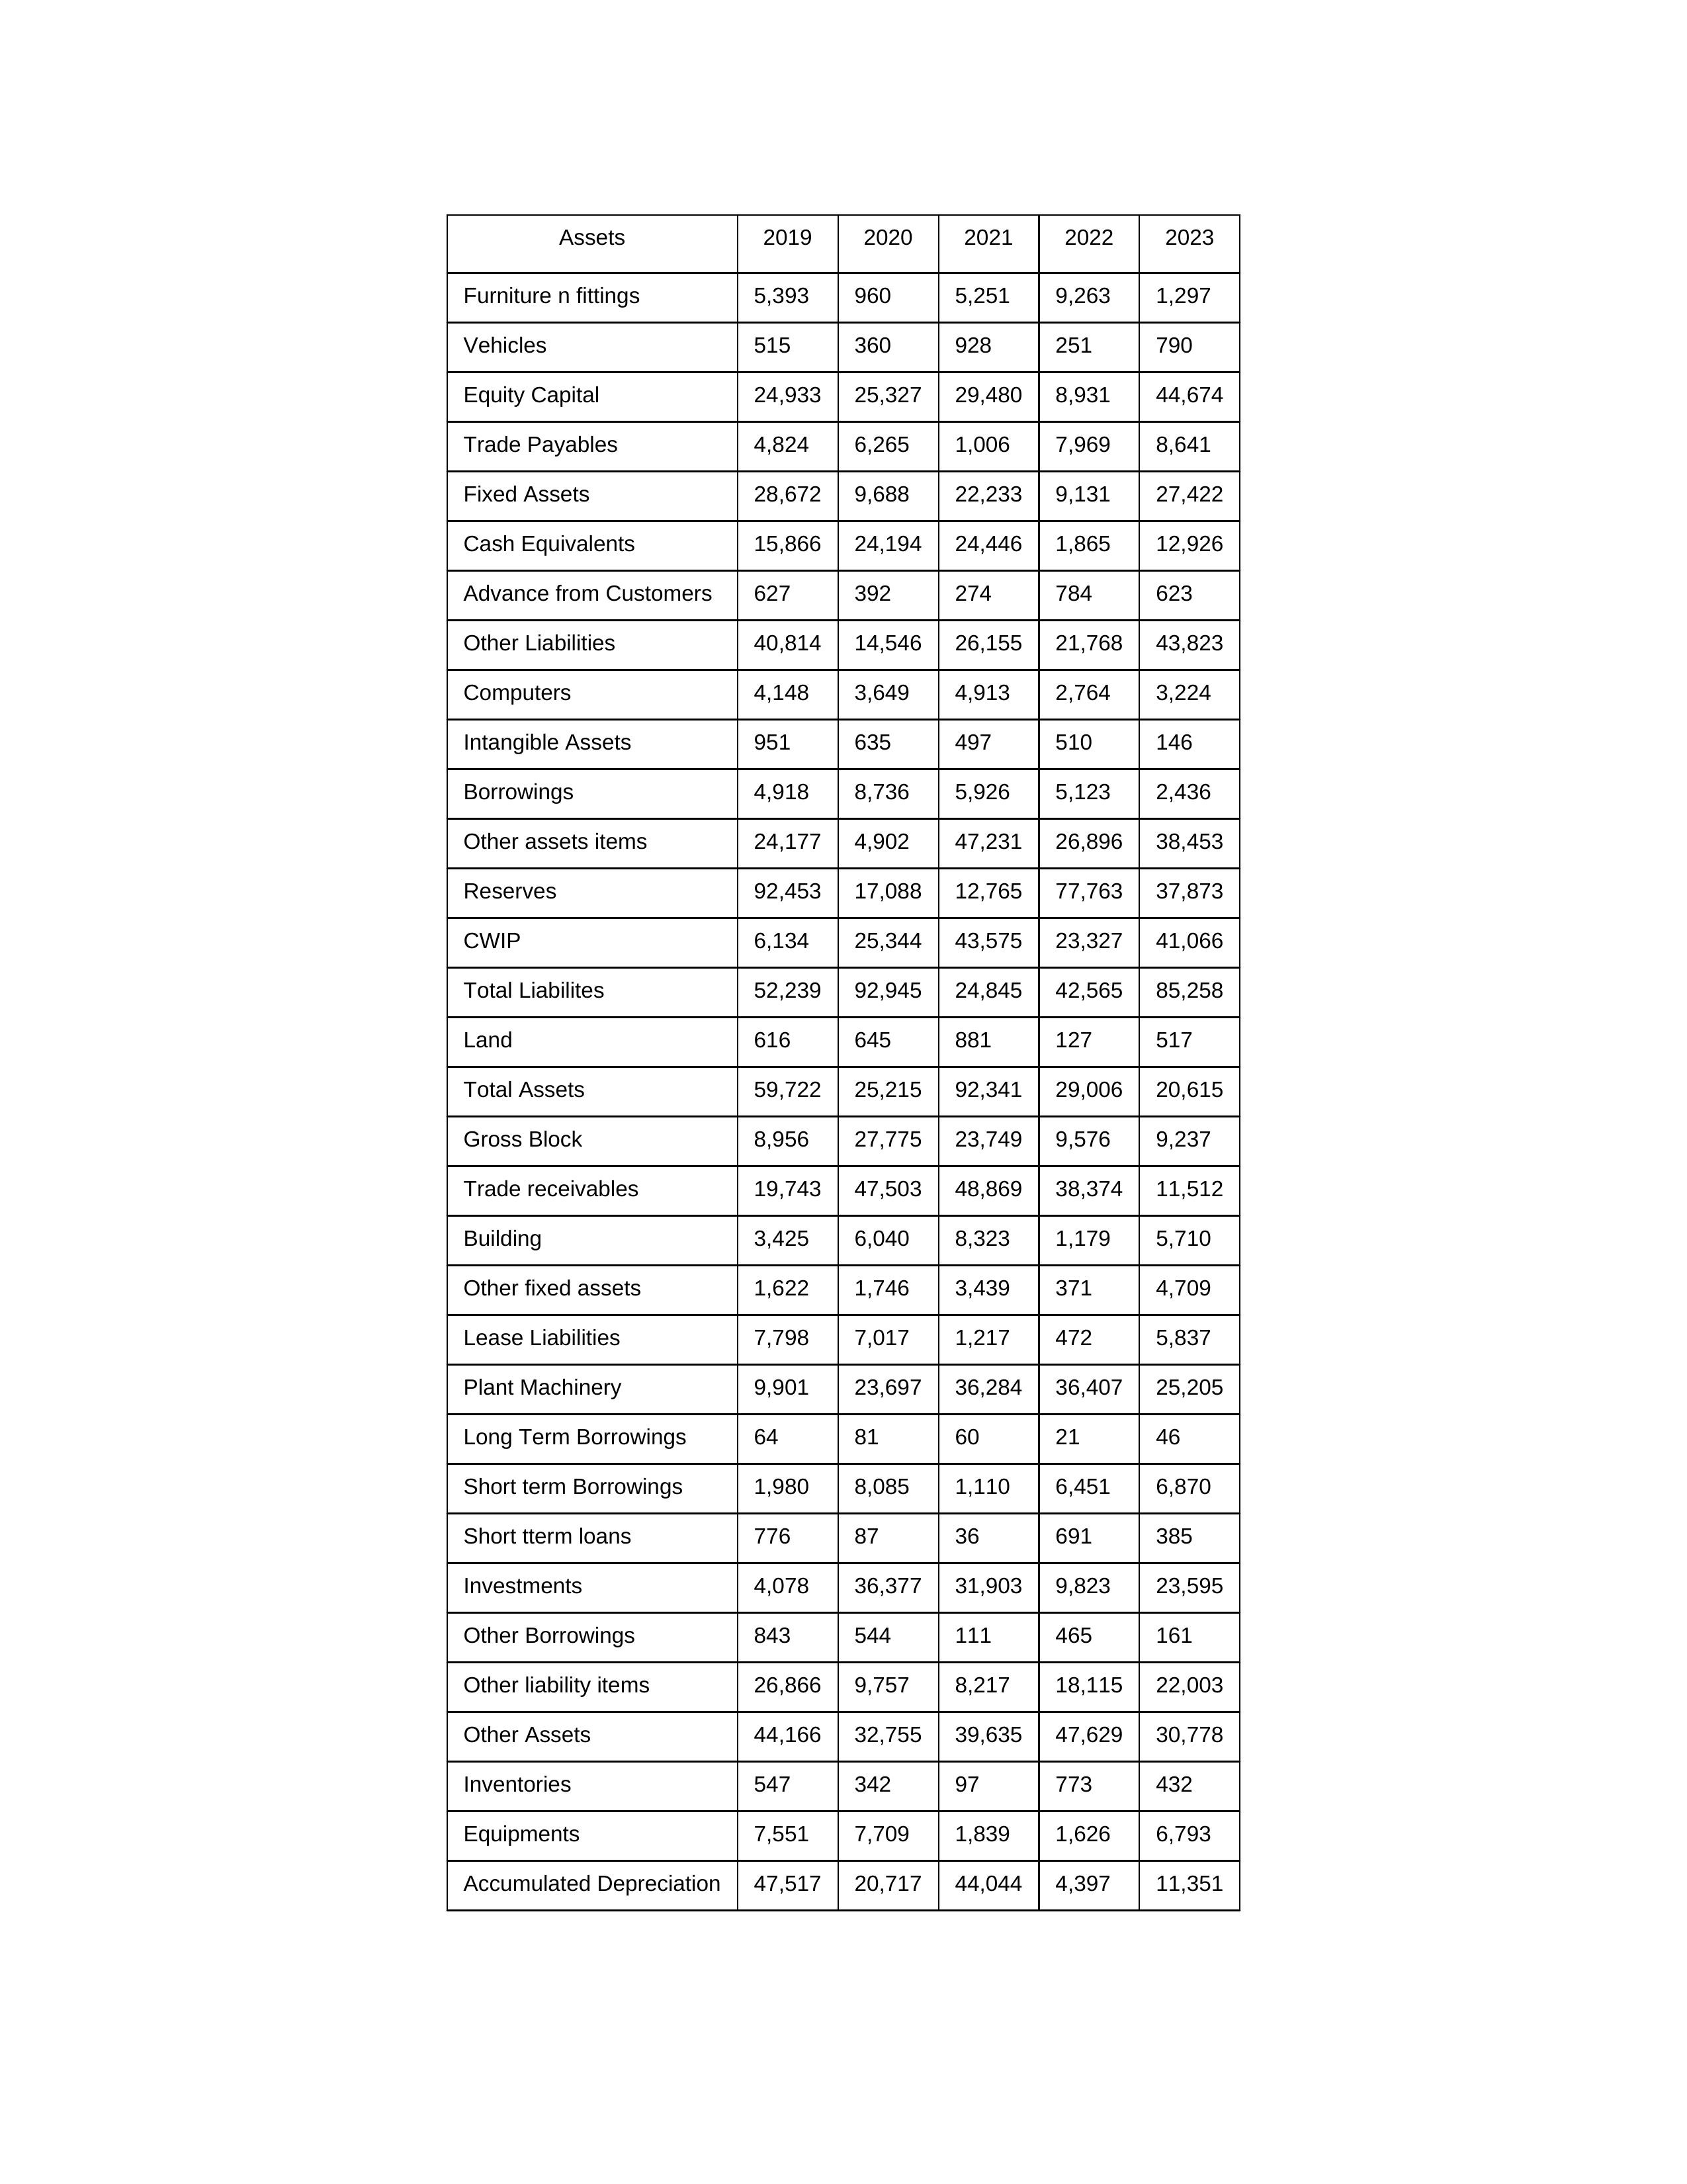
gt_parse: 2019: Equity Capital: 24,933
Reserves: 92,453
Borrowings: 4,918
Long Term Borrowings: 64
Short term Borrowings: 1,980
Lease Liabilities: 7,798
Other Borrowings: 843
Other Liabilities: 40,814
Trade Payables: 4,824
Advance from Customers: 627
Other liability items: 26,866
Total Liabilites: 52,239
Fixed Assets: 28,672
Land: 616
Building: 3,425
Plant Machinery: 9,901
Equipments: 7,551
Computers: 4,148
Furniture n fittings: 5,393
Vehicles: 515
Intangible Assets: 951
Other fixed assets: 1,622
Gross Block: 8,956
Accumulated Depreciation: 47,517
CWIP: 6,134
Investments: 4,078
Other Assets: 44,166
Inventories: 547
Trade receivables: 19,743
Cash Equivalents: 15,866
Short tterm loans: 776
Other assets items: 24,177
Total Assets: 59,722
2020: Equity Capital: 25,327
Reserves: 17,088
Borrowings: 8,736
Long Term Borrowings: 81
Short term Borrowings: 8,085
Lease Liabilities: 7,017
Other Borrowings: 544
Other Liabilities: 14,546
Trade Payables: 6,265
Advance from Customers: 392
Other liability items: 9,757
Total Liabilites: 92,945
Fixed Assets: 9,688
Land: 645
Building: 6,040
Plant Machinery: 23,697
Equipments: 7,709
Computers: 3,649
Furniture n fittings: 960
Vehicles: 360
Intangible Assets: 635
Other fixed assets: 1,746
Gross Block: 27,775
Accumulated Depreciation: 20,717
CWIP: 25,344
Investments: 36,377
Other Assets: 32,755
Inventories: 342
Trade receivables: 47,503
Cash Equivalents: 24,194
Short tterm loans: 87
Other assets items: 4,902
Total Assets: 25,215
2021: Equity Capital: 29,480
Reserves: 12,765
Borrowings: 5,926
Long Term Borrowings: 60
Short term Borrowings: 1,110
Lease Liabilities: 1,217
Other Borrowings: 111
Other Liabilities: 26,155
Trade Payables: 1,006
Advance from Customers: 274
Other liability items: 8,217
Total Liabilites: 24,845
Fixed Assets: 22,233
Land: 881
Building: 8,323
Plant Machinery: 36,284
Equipments: 1,839
Computers: 4,913
Furniture n fittings: 5,251
Vehicles: 928
Intangible Assets: 497
Other fixed assets: 3,439
Gross Block: 23,749
Accumulated Depreciation: 44,044
CWIP: 43,575
Investments: 31,903
Other Assets: 39,635
Inventories: 97
Trade receivables: 48,869
Cash Equivalents: 24,446
Short tterm loans: 36
Other assets items: 47,231
Total Assets: 92,341
2022: Equity Capital: 8,931
Reserves: 77,763
Borrowings: 5,123
Long Term Borrowings: 21
Short term Borrowings: 6,451
Lease Liabilities: 472
Other Borrowings: 465
Other Liabilities: 21,768
Trade Payables: 7,969
Advance from Customers: 784
Other liability items: 18,115
Total Liabilites: 42,565
Fixed Assets: 9,131
Land: 127
Building: 1,179
Plant Machinery: 36,407
Equipments: 1,626
Computers: 2,764
Furniture n fittings: 9,263
Vehicles: 251
Intangible Assets: 510
Other fixed assets: 371
Gross Block: 9,576
Accumulated Depreciation: 4,397
CWIP: 23,327
Investments: 9,823
Other Assets: 47,629
Inventories: 773
Trade receivables: 38,374
Cash Equivalents: 1,865
Short tterm loans: 691
Other assets items: 26,896
Total Assets: 29,006
2023: Equity Capital: 44,674
Reserves: 37,873
Borrowings: 2,436
Long Term Borrowings: 46
Short term Borrowings: 6,870
Lease Liabilities: 5,837
Other Borrowings: 161
Other Liabilities: 43,823
Trade Payables: 8,641
Advance from Customers: 623
Other liability items: 22,003
Total Liabilites: 85,258
Fixed Assets: 27,422
Land: 517
Building: 5,710
Plant Machinery: 25,205
Equipments: 6,793
Computers: 3,224
Furniture n fittings: 1,297
Vehicles: 790
Intangible Assets: 146
Other fixed assets: 4,709
Gross Block: 9,237
Accumulated Depreciation: 11,351
CWIP: 41,066
Investments: 23,595
Other Assets: 30,778
Inventories: 432
Trade receivables: 11,512
Cash Equivalents: 12,926
Short tterm loans: 385
Other assets items: 38,453
Total Assets: 20,615